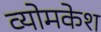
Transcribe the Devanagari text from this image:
व्‍योमकेश